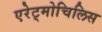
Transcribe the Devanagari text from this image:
एरेट्मोचिलिस